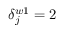
\delta _ { j } ^ { w 1 } = 2